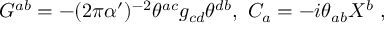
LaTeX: G ^ { a b } = - ( 2 \pi \alpha ^ { \prime } ) ^ { - 2 } \theta ^ { a c } g _ { c d } \theta ^ { d b } , \ C _ { a } = - i \theta _ { a b } X ^ { b } \ ,